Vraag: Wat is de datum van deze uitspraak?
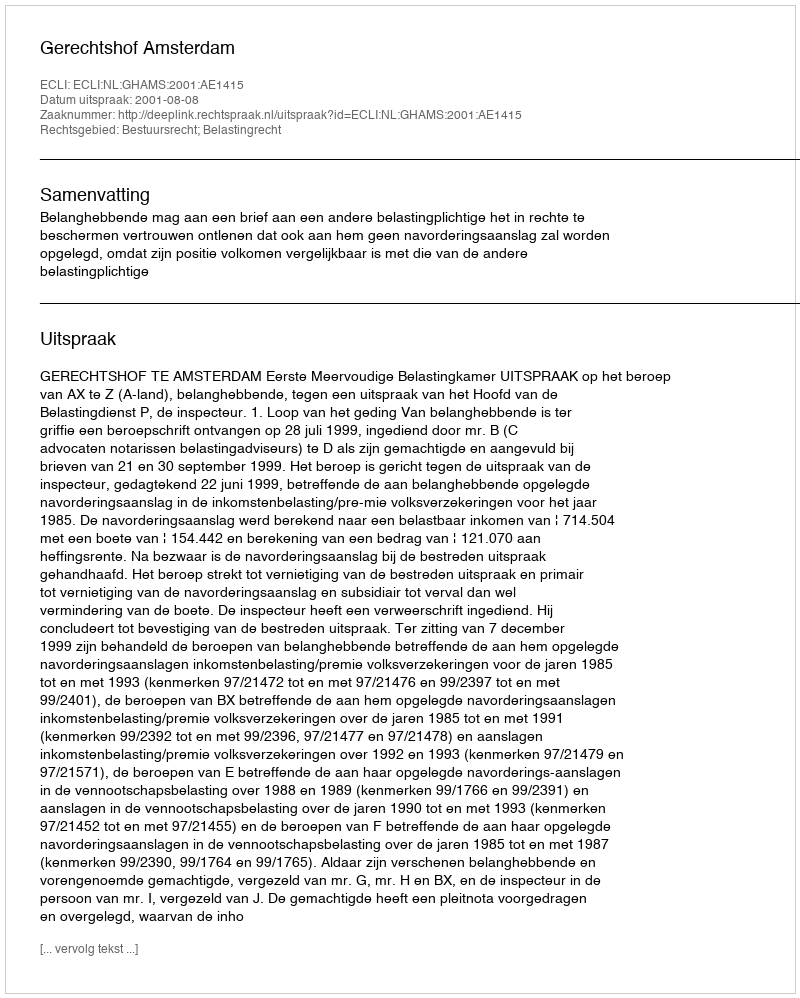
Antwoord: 2001-08-08